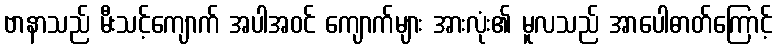
ဗာနာသည် မီးသင့်ကျောက် အပါအဝင် ကျောက်များ အားလုံး၏ မူလသည် အာပေါဓာတ်ကြောင့်